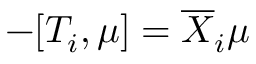
- [ T _ { i } , \mu ] = \overline { { X } } _ { i } \mu